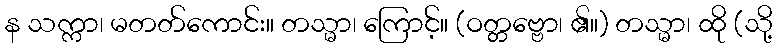
န သက္ကာ၊ မတတ်ကောင်း။ တသ္မာ၊ ကြောင့်။ (ဝတ္တဗ္ဗော၊ ၏။) တသ္မာ၊ ထို (သို့